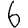
Digit: 6